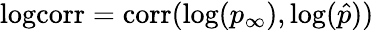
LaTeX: \mathrm{logcorr}=\mathrm{corr}(\log(p_{\infty}),\log(\hat{p}))